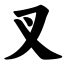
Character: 叉